Indian journal of veterinary science and animal husbandry - Volume 14,
Year: 1944
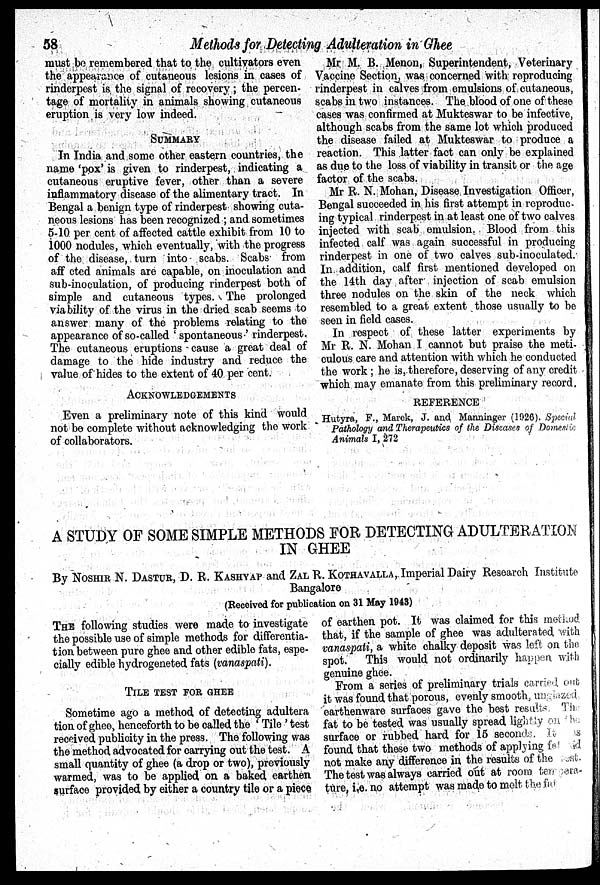
58
Methods for Detecting Adulteration in Ghee
must be remembered that to the cultivators even
the appearance of cutaneous lesions in cases of
rinderpest is the signal of recovery ; the percen-
tage of mortality in animals showing cutaneous
eruption is very low indeed.
SUMMARY
In India and some other eastern countries, the
name 'pox' is given to rinderpest, indicating a
cutaneous eruptive fever, other than a severe
inflammatory disease of the alimentary tract. In
Bengal a benign type of rinderpest showing cuta-
neous lesions has been recognized ; and sometimes
5-10 per cent of affected cattle exhibit from 10 to
1000 nodules, which eventually, with the progress
of the disease, turn into scabs. Scabs from
affected animals are capable, on inoculation and
sub-inoculation, of producing rinderpest both of
simple and cutaneous types. The prolonged
viability of the virus in the dried scab seems to
answer many of the problems relating to the
appearance of so-called 'spontaneous.' rinderpest.
The cutaneous eruptions cause a great deal of
damage to the hide industry and reduce the
value of hides to the extent of 40 per cent.
ACKNOWLEDGEMENTS
Even a preliminary note of this kind would
not be complete without acknowledging the work
of collaborators.
Mr M. B. Menon, Superintendent, Veterinary
Vaccine Section, was concerned with reproducing
rinderpest in calves from emulsions of cutaneous,
scabs in two instances. The blood of one of these
cases was confirmed at Mukteswar to be infective,
although scabs from the same lot which produced
the disease failed at Mukteswar to produce a
reaction. This latter fact can only be explained
as due to the loss of viability in transit or the age
factor of the scabs.
Mr R. N. Mohan, Disease Investigation Officer,
Bengal succeeded in his first attempt in reproduc-
ing typical rinderpest in at least one of two calves
injected with scab emulsion. Blood from this
infected calf was again successful in producing
rinderpest in one of two calves sub-inoculated.
In addition, calf first mentioned developed on
the 14th day after injection of scab emulsion
three nodules on the skin of the neck which
resembled to a great extent those usually to be
seen in field cases.
In respect of these latter experiments by
Mr R. N. Mohan I cannot but praise the meti-
culous care and attention with which he conducted
the work; he is, therefore, deserving of any credit
which may emanate from this preliminary record.
REFERENCE
Hutyra, F., Marek, J. and Manninger (1926). Special
Pathology and Therapeutics of the Diseases of Domestic
Animals I, 272
A STUDY OF SOME SIMPLE METHODS FOR DETECTING ADULTERATION
IN GHEE
By NOSHIR N. DASTUR, D. R. KASHYAP and ZAL R. KOTHAVALLA, Imperial Dairy Research Institute
Bangalore
(Received for publication on 31 May 1943)
THE following studies were made to investigate
the possible use of simple methods for differentia-
tion between pure ghee and other edible fats, espe-
cially edible hydrogeneted fats (vanaspati).
TILE TEST FOR GHEE
Sometime ago a method of detecting adultera
tion of ghee, henceforth to be called the ' Tile ' test
received publicity in the press. The following was
the method advocated for carrying out the test. A
small quantity of ghee (a drop or two), previously
warmed, was to be applied on a baked earthen
surface provided by either a country tile or a piece
of earthen pot. It was claimed for this method
that, if the sample of ghee was adulterated with
vanaspati, a white chalky deposit was left on the
spot.
This would not ordinarily happen with
genuine ghee.
From a series of preliminary trials carried out
it was found that porous, evenly smooth unrealized
earthenware surfaces gave the best results. The
fat to be tested was usually spread lightly on the
surface or rubbed hard for 15 seconds.
found that these two methods of applying fat
not make any difference in the results of the test.
The test was always carried out at room tempare-
ture, i.e. no attempt was made to melt the fat